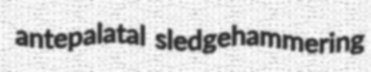
antepalatal sledgehammering